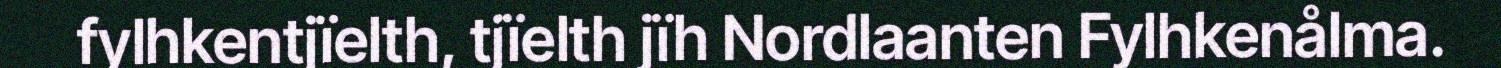
fylhkentjïelth, tjïelth jïh Nordlaanten Fylhkenålma.